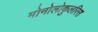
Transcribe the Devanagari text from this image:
मोनोलोकुलरिस